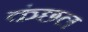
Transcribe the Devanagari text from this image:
कंछल